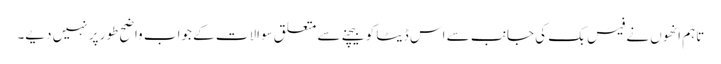
تاہم انھوں نے فیس بک کی جانب سے اس ڈیٹا کو بیچنے سے متعلق سوالات کے جواب واضح طور پر نہیں دیے۔